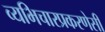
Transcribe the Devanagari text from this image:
व्यभिचारप्रकरणेसी